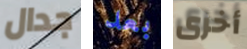
جدال بعد أخرى